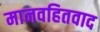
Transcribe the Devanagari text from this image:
मानवहितवाद